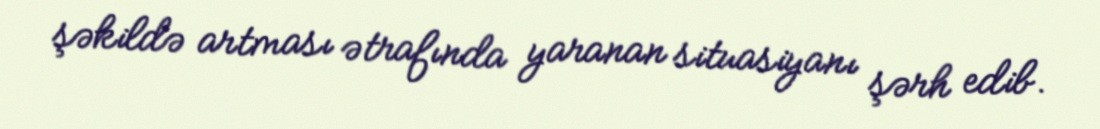
şəkildə artması ətrafında yaranan situasiyanı şərh edib.